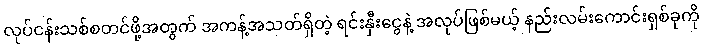
လုပ်ငန်းသစ်စတင်ဖို့အတွက် အကန့်အသတ်ရှိတဲ့ ရင်းနှီးငွေနဲ့ အလုပ်ဖြစ်မယ့် နည်းလမ်းကောင်းရှစ်ခုကို